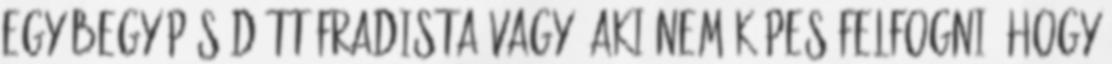
egy begyöpösödött Fradista vagy, aki nem képes felfogni, hogy